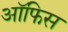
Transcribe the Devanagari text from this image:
अॉफिस